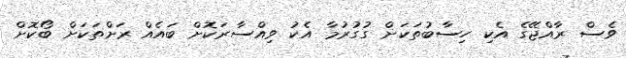
ވެސް ރާއްޖޭގެ އެކި ހިސާބުތަކަށް ގުގުރުމާ އެކު ވިއްސާރަކޮށް ބައެއް ރަށްތަކަށް ބޯކޮށް